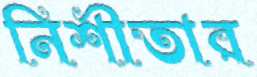
নিশীতার